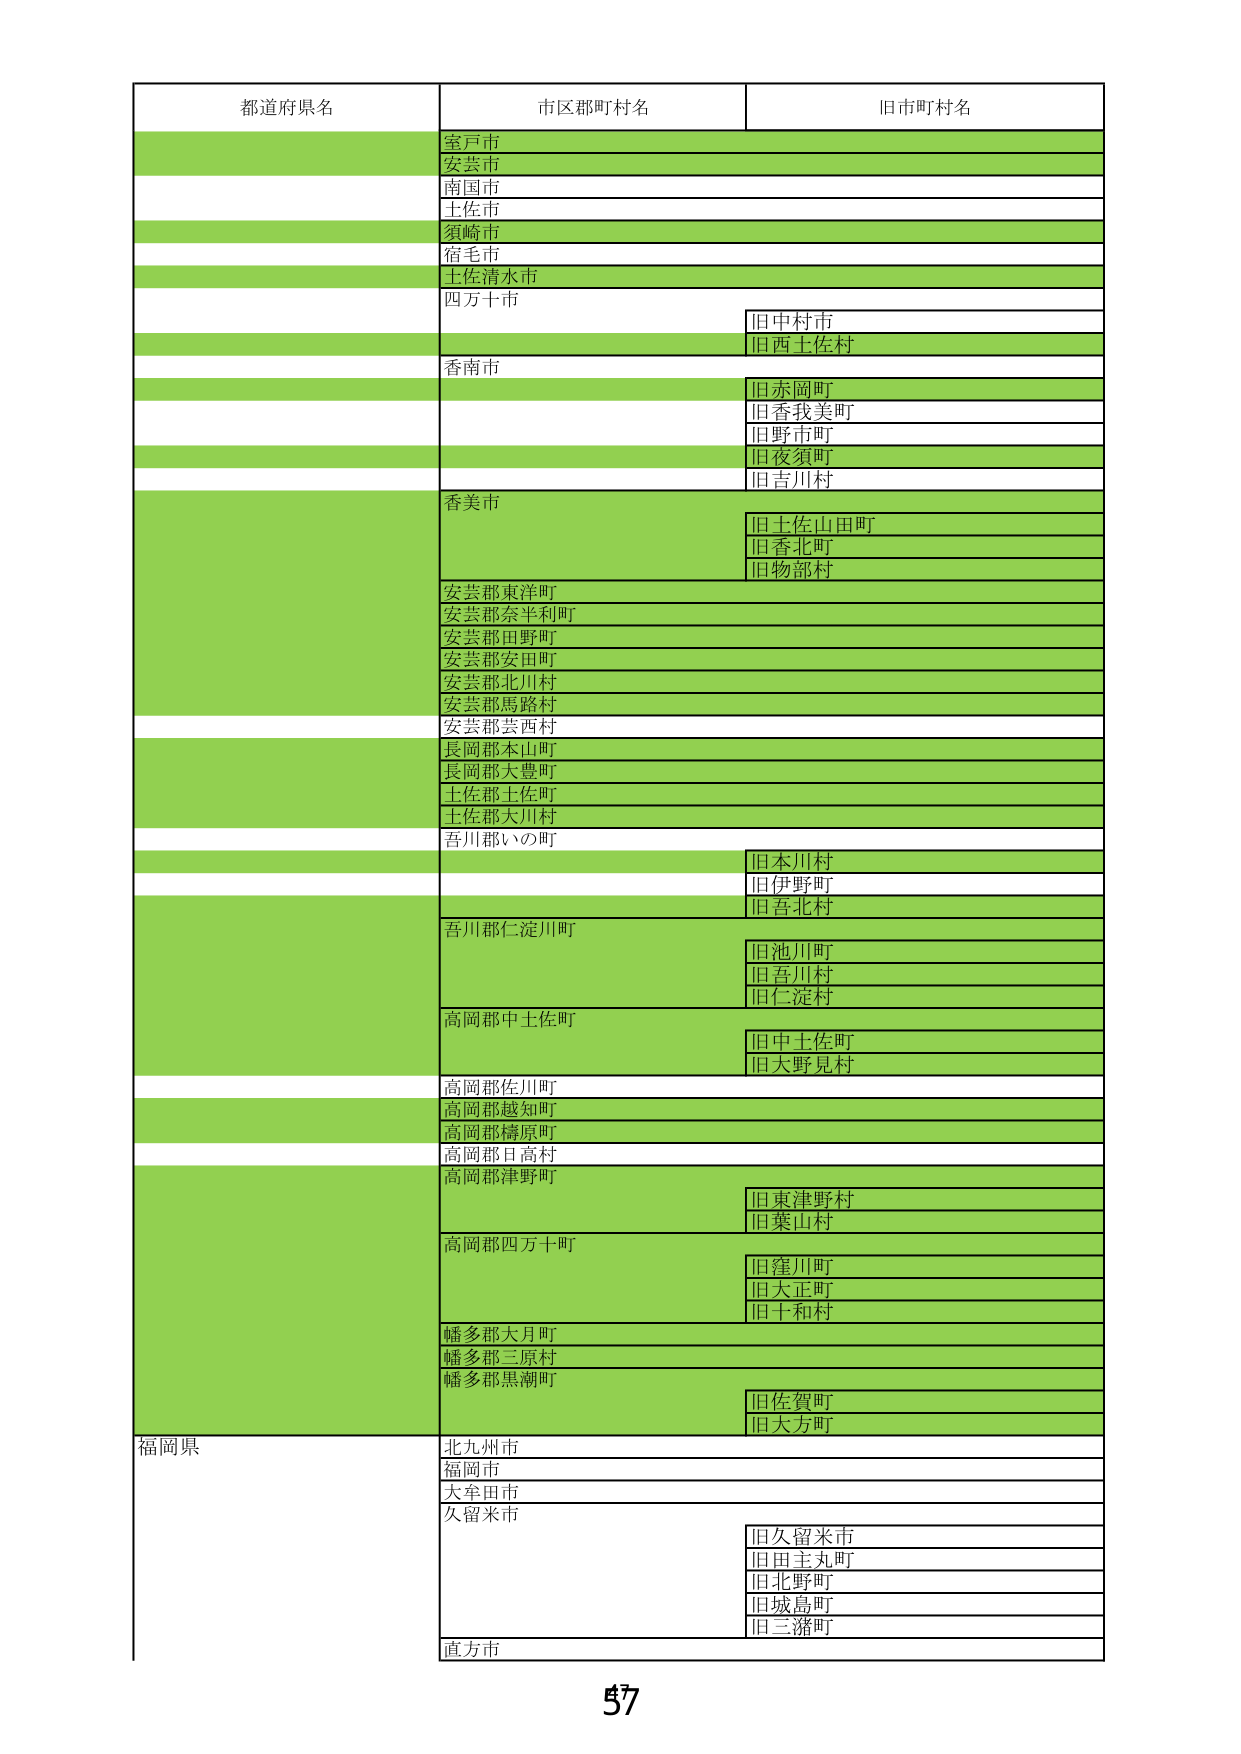
都道府県名 市区郡町村名 旧市町村名
室戸市
安芸市
南国市
土佐市
須崎市
宿毛市
土佐清水市
四万十市 旧中村市
旧西土佐村
香南市 旧赤岡町
旧香我美町
旧野市町
旧夜須町
旧吉川村
香美市 旧土佐山田町
旧香北町
旧物部村
安芸郡東洋町
安芸郡奈半利町
安芸郡田野町
安芸郡安田町
安芸郡北川村
安芸郡馬路村
安芸郡芸西村
長岡郡本山町
長岡郡大豊町
土佐郡土佐町
土佐郡大川村
吾川郡いの町 旧本川村
旧伊野町
旧吾北村
吾川郡仁淀川町 旧池川町
旧吾川村
旧仁淀村
高岡郡中土佐町 旧中土佐町
旧大野見村
高岡郡佐川町
高岡郡越知町
高岡郡梼原町
高岡郡日高村
高岡郡津野町 旧東津野村
旧葉山村
高岡郡四万十町 旧窪川町
旧大正町
旧十和村
幡多郡大月町
幡多郡三原村
幡多郡黒潮町 旧佐賀町
旧大方町
福岡県 北九州市
福岡市
大牟田市
久留米市 旧久留米市
旧田主丸町
旧北野町
旧城島町
旧三潴町
直方市
57